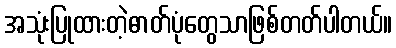
အသုံးပြုထားတဲ့ဓာတ်ပုံတွေသာဖြစ်တတ်ပါတယ်။